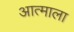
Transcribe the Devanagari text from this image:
आत्माला